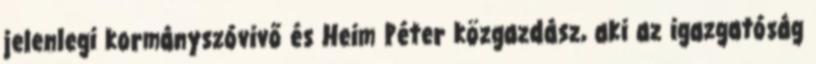
jelenlegi kormányszóvivő és Heim Péter közgazdász, aki az igazgatóság